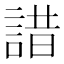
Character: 諎